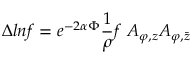
\Delta l n f = e ^ { - 2 \alpha \Phi } { \frac { 1 } { \rho } } f \ A _ { \varphi , z } A _ { \varphi , \bar { z } }